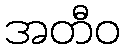
အတီဝ